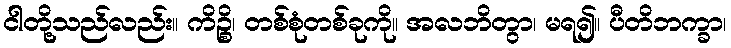
ငါတို့သည်လည်း။ ကိဉ္စိ၊ တစ်စုံတစ်ခုကို။ အလဘိတွာ၊ မရ၍။ ပီတိဘက္ခာ၊